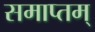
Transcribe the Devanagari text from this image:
समाप्तम्‌